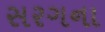
સરગના